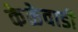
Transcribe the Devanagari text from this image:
केळेवाडी